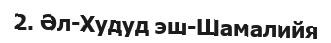
2. Әл-Худуд эш-Шамалийя